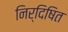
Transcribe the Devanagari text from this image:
निर्दिषित